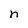
Character: n